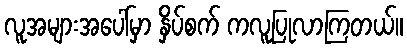
လူအများအပေါ်မှာ နှိပ်စက် ကလူပြုလာကြတယ်။